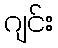
ဂျင်း